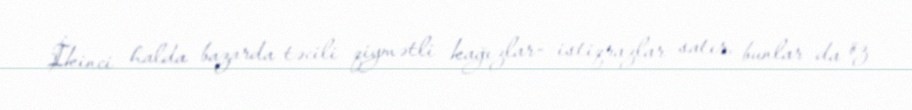
İkinci halda bazarda təcili qiymətli kağızlar- istiqrazlar satır, bunlar da öz